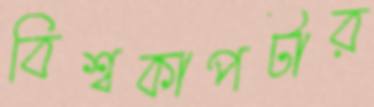
বিশ্বকাপটার